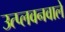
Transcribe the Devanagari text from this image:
उत्प्लवनवाले